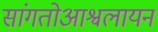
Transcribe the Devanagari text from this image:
सांगतोआश्वलायन